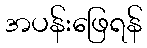
အပန်းဖြေရန်